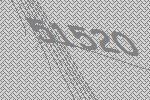
51520